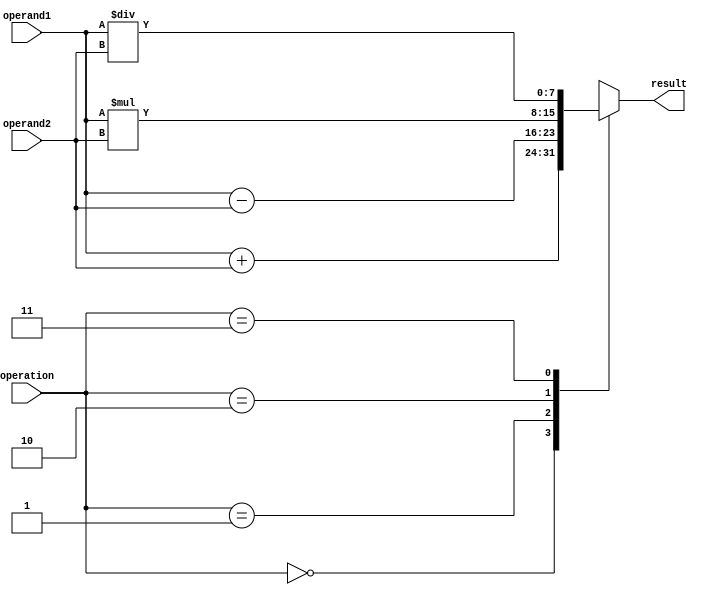
module Vector_ALU (
  input wire [7:0] operand1,
  input wire [7:0] operand2,
  input wire [1:0] operation,
  output wire [7:0] result
);

always @(*)
begin
  case(operation)
    2'b00: result = operand1 + operand2; // Addition
    2'b01: result = operand1 - operand2; // Subtraction
    2'b10: result = operand1 * operand2; // Multiplication
    2'b11: result = operand1 / operand2; // Division
  endcase
end

endmodule